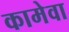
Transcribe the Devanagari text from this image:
कामेवा